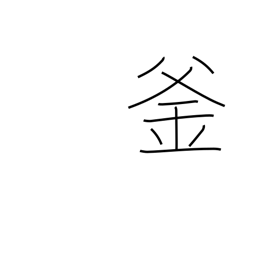
Meaning: cauldron